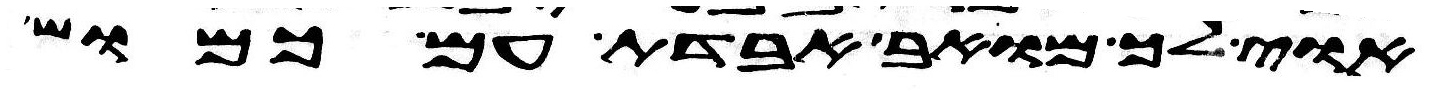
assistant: אוי לך מואב אבדת עם כמוש